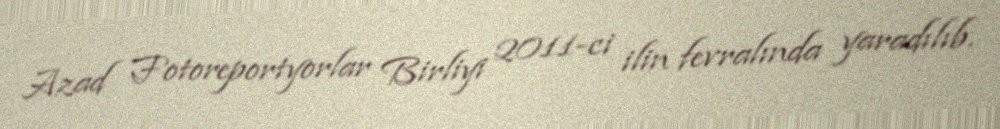
Azad Fotoreportyorlar Birliyi 2011-ci ilin fevralında yaradılıb.